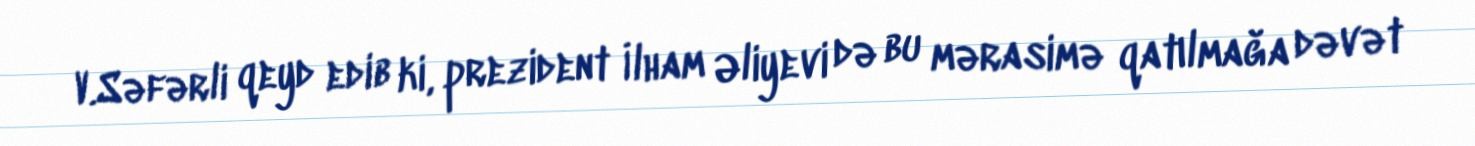
V.Səfərli qeyd edib ki, prezident İlham Əliyevi də bu mərasimə qatılmağa dəvət